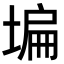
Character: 𡎚